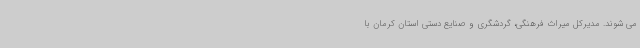
می شوند. مدیرکل میراث فرهنگی، گردشگری و صنایع دستی استان کرمان با